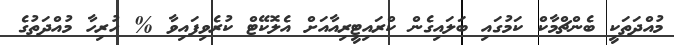
މުއްދަތަކީ ބެންޗްމާކް ކަމުގައި ބަލައިގެން ކްރައިޓީރިއާއަށް އެލޮކޭޓް ކުރެވިފައިވާ % ހުރިހާ މުއްދަތުގެ